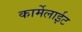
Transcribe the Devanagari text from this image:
कार्मेलाईट